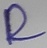
Text: R